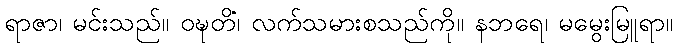
ရာဇာ၊ မင်းသည်။ ဝဍ္ဎတိံ၊ လက်သမားစသည်ကို။ နဘရေ၊ မမွေးမြူရာ။